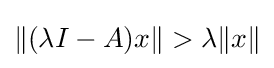
\|(\lambda I-A)x\|>\lambda \|x\|